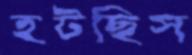
হটছিস